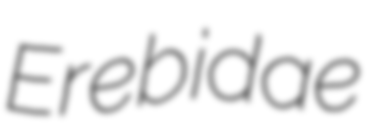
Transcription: Erebidae